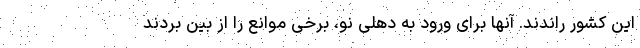
این کشور راندند. آنها برای ورود به دهلی نو، برخی موانع را از بین بردند